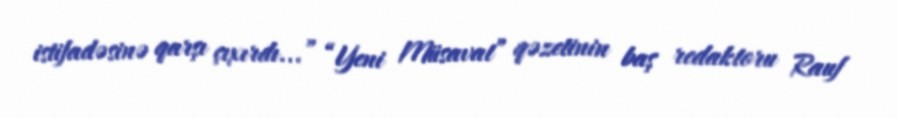
istifadəsinə qarşı çıxırdı...” “Yeni Müsavat” qəzetinin baş redaktoru Rauf